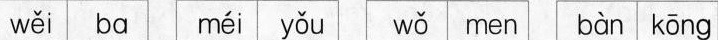
wěi bα méi yǒu wǒ men bàn kōng